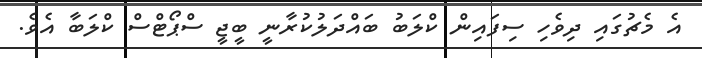
އެ މެޗުގައި ދިވެހި ސިފައިން ކްލަބު ބައްދަލުކުރާނީ ބީޖީ ސްޕޯޓްސް ކްލަބާ އެވެ.